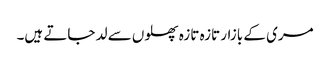
مری کے بازار تازہ تازہ پھلوں سے لد جاتے ہیں۔